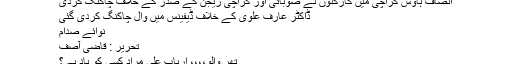
انصاف ہاؤس کراچی میں کارکنوں نے صوبائی اور کراچی ریجن کے صدر کے خلاف چاکنگ کردی
ڈاکٹر عارف علوی کے خلاف ڈیفینس میں وال چاکنگ کردی گئی
نوائے صدام
تحریر : قاضی آصف
تھر والو،،،، ارباب علی مراد کسی کو یاد ہے؟